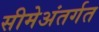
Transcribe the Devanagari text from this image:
सीमेअंतर्गत